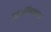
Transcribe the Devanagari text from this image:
मिटविण्याचा